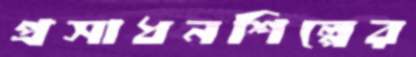
প্রসাধনশিল্পের